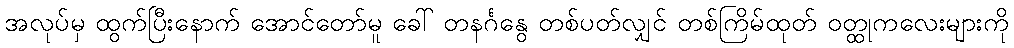
အလုပ်မှ ထွက်ပြီးနောက် အောင်တော်မူ ခေါ် တနင်္ဂနွေ တစ်ပတ်လျှင် တစ်ကြိမ်ထုတ် ဝတ္ထုကလေးများကို